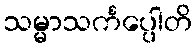
သမ္မာသင်္ကပ္ပေါတိ